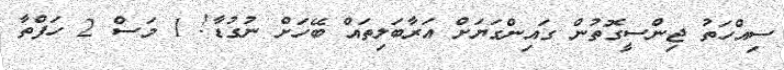
ސިއްހަތު ޖިންސީގޮތުން ގައިންގަޔަށް އަރާބަލިތައް ބޭހަށް ނުގުޑާ! 1 މަސް 2 ހަފްތާ